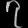
Digit: ၇